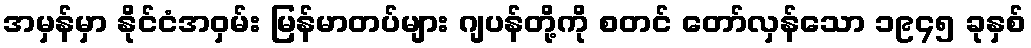
အမှန်မှာ နိုင်ငံအဝှမ်း မြန်မာတပ်များ ဂျပန်တို့ကို စတင် တော်လှန်သော ၁၉၄၅ ခုနှစ်